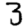
Digit: 3